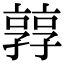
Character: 㝇